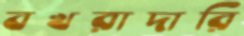
বখরাদারি